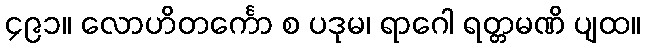
၄၉၁။ လောဟိတင်္ကော စ ပဒုမ၊ ရာဂေါ ရတ္တမဏိ ပျထ။